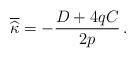
LaTeX: \begin{align*}\overline{\widehat{\kappa}}=-\frac{D+4qC}{2p}\,.\end{align*}